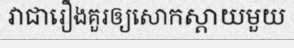
វាជារឿងគួរឲ្យសោកស្តាយមួយ